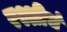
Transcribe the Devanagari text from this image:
रश्शीचं